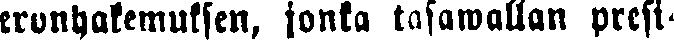
eronhakemuksen, jonka tasawallan presi-